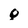
Character: Q